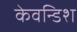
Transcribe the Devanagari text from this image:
केवन्डिश